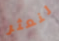
لنعثر